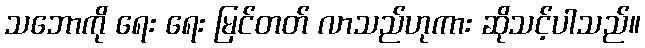
သဘောကို ရေး ရေး မြင်တတ် လာသည်ဟုကား ဆိုသင့်ပါသည်။